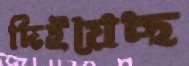
দিইয়েছ